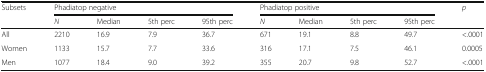
<table><thead><tr><td rowspan="2"><b>Subsets</b></td><td colspan="4"><b>Phadiatop negative</b></td><td colspan="4"><b>Phadiatop positive</b></td><td rowspan="2"><b><i>p</i></b></td></tr><tr><td><b><i>N</i></b></td><td><b>Median</b></td><td><b>5th perc</b></td><td><b>95th perc</b></td><td><b><i>N</i></b></td><td><b>Median</b></td><td><b>5th perc</b></td><td><b>95th perc</b></td></tr></thead><tbody><tr><td>All</td><td>2210</td><td>16.9</td><td>7.9</td><td>36.7</td><td>671</td><td>19.1</td><td>8.8</td><td>49.7</td><td>&lt;.0001</td></tr><tr><td>Women</td><td>1133</td><td>15.7</td><td>7.7</td><td>33.6</td><td>316</td><td>17.1</td><td>7.5</td><td>46.1</td><td>0.0005</td></tr><tr><td>Men</td><td>1077</td><td>18.4</td><td>9.0</td><td>39.2</td><td>355</td><td>20.7</td><td>9.8</td><td>52.7</td><td>&lt;.0001</td></tr></tbody></table>